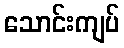
သောင်းကျပ်